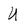
Character: U